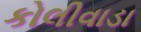
કોલીવાડા